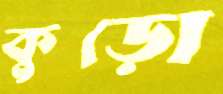
কুড়ো